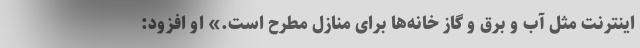
اینترنت مثل آب و برق و گاز خانه‌ها برای منازل مطرح است.» او افزود: